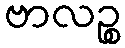
ဗာလဉ္စ